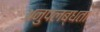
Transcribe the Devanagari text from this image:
अनुपलब्‍धता